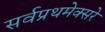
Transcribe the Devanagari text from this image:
सर्वप्रथमेक्सरे